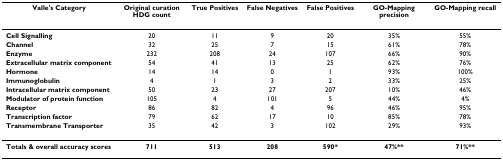
| Valle's Category | Original curation HDG count | True Positives | False Negatives | False Positives | GO-Mapping precision | GO-Mapping recall |
 | --- | --- | --- | --- | --- | --- | --- |
 | Cell Signalling | 20 | 11 | 9 | 20 | 35% | 55% |
 | Channel | 32 | 25 | 7 | 15 | 61% | 78% |
 | Enzyme | 232 | 208 | 24 | 107 | 66% | 90% |
 | Extracellular matrix component | 54 | 41 | 13 | 25 | 62% | 76% |
 | Hormone | 14 | 14 | 0 | 1 | 93% | 100% |
 | Immunoglobulin | 4 | 1 | 3 | 2 | 33% | 25% |
 | Intracellular matrix component | 50 | 23 | 27 | 207 | 10% | 46% |
 | Modulator of protein function | 105 | 4 | 101 | 5 | 44% | 4% |
 | Receptor | 86 | 82 | 4 | 96 | 46% | 95% |
 | Transcription factor | 79 | 62 | 17 | 10 | 85% | 78% |
 | Transmembrane Transporter | 35 | 42 | 3 | 102 | 29% | 93% |
 | Totals & overall accuracy scores | 711 | 513 | 208 | 590* | 47%** | 71%** |